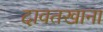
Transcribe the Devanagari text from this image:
दावतखाना